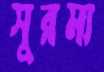
সুরম্য